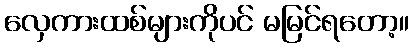
လှေကားထစ်များကိုပင် မမြင်ရတော့။